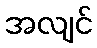
အလျင်